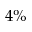
4 \%